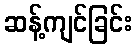
ဆန့်ကျင်ခြင်း